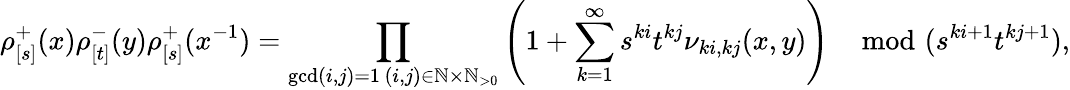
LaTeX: \rho_{[s]}^{+}(x)\rho_{[t]}^{-}(y)\rho_{[s]}^{+}(x^{-1})=\prod_{\substack{\operatorname*{gcd}(i,j)=1\, (i,j)\in\mathbb{N}\times\mathbb{N}_{>0}}}\left(1+\sum_{k=1}^{\infty}s^{ki}t^{kj}\nu_{ki,kj}(x,y)\right)\mod(s^{ki+1}t^{kj+1}),